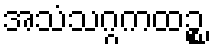
အသံသဂ္ဂကထဉ္စ